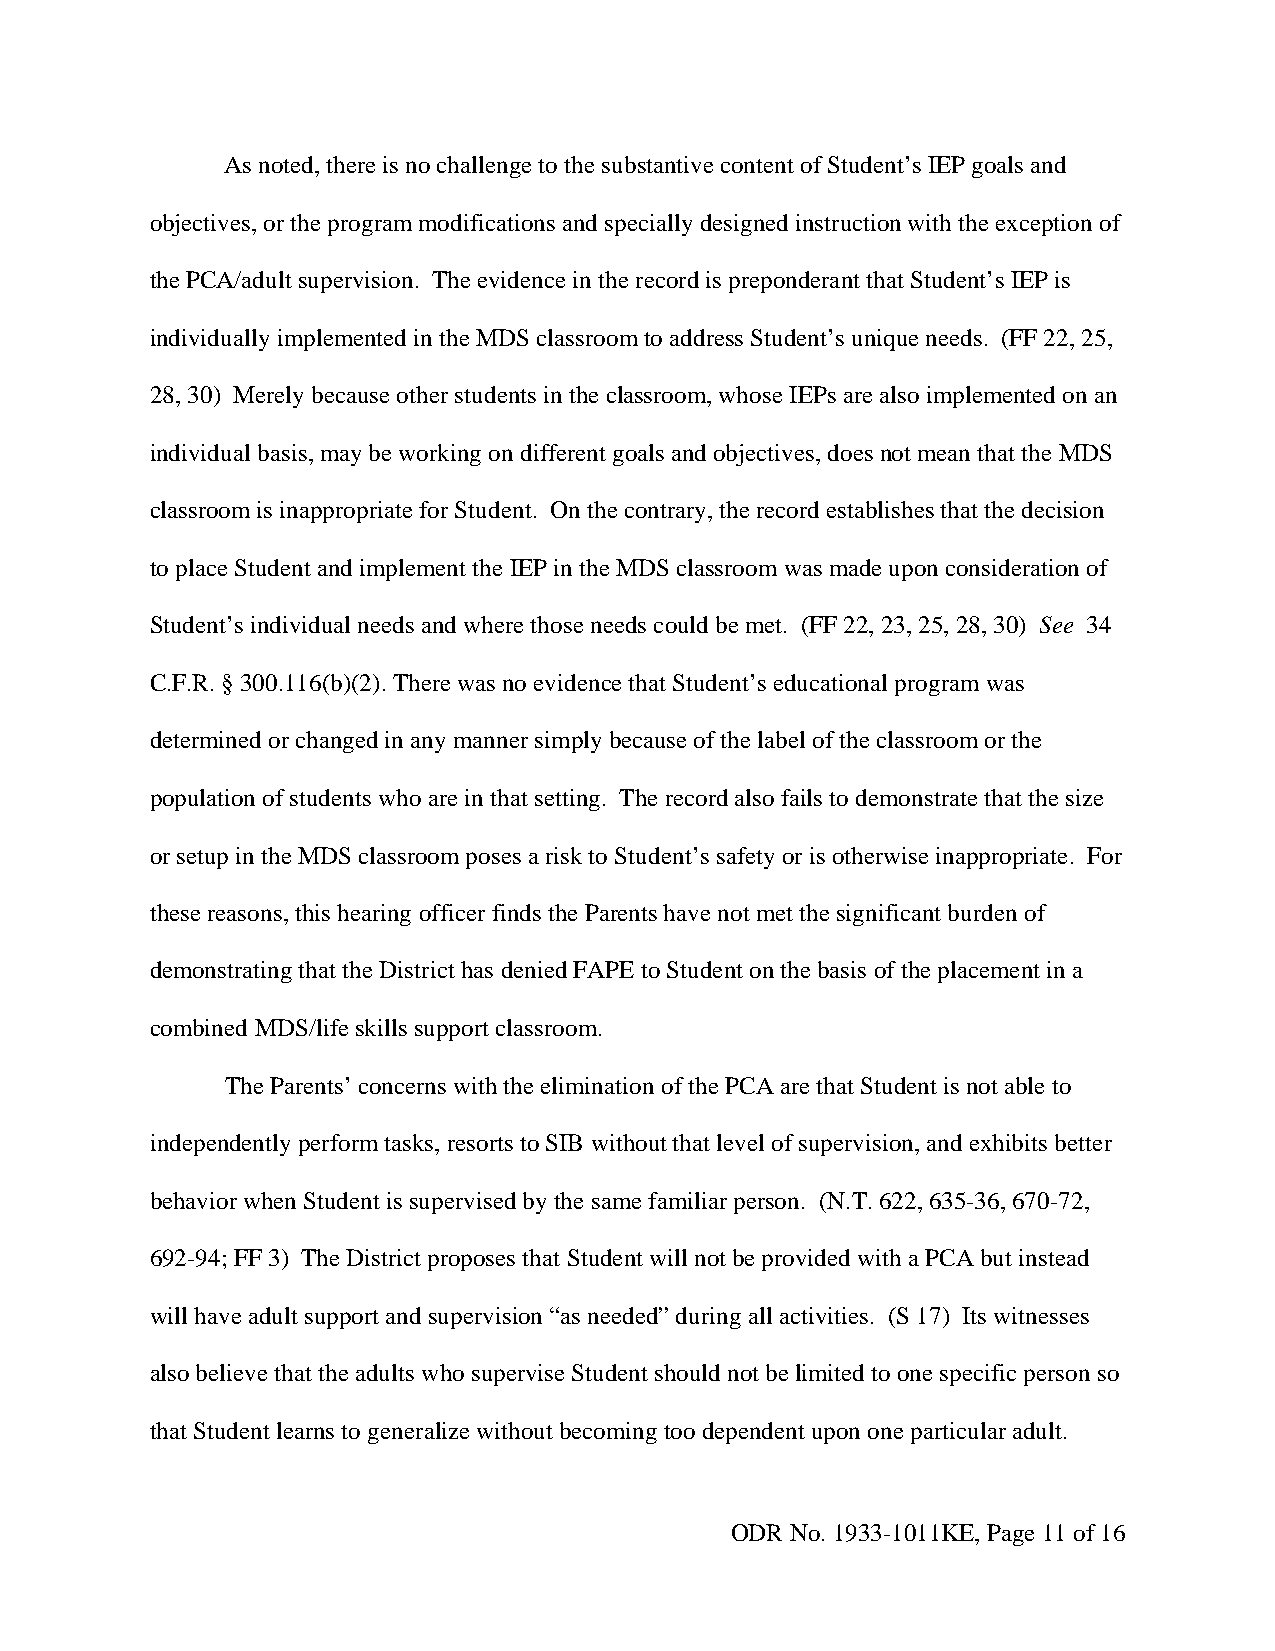
As noted, there is no challenge to the substantive content of Student’s IEP goals and
 objectives, or the program modifications and specially designed instruction with the exception of
 the PCA/adult supervision. The evidence in the record is preponderant that Student’s IEP is
 individually implemented in the MDS classroom to address Student’s unique needs. (FF 22, 25,
 28, 30) Merely because other students in the classroom, whose IEPs are also implemented on an
 individual basis, may be working on different goals and objectives, does not mean that the MDS
 classroom is inappropriate for Student. On the contrary, the record establishes that the decision
 to place Student and implement the IEP in the MDS classroom was made upon consideration of
 Student’s individual needs and where those needs could be met. (FF 22, 23, 25, 28, 30) See 34
 C.F.R. § 300.116(b)(2). There was no evidence that Student’s educational program was
 determined or changed in any manner simply because of the label of the classroom or the
 population of students who are in that setting. The record also fails to demonstrate that the size
 or setup in the MDS classroom poses a risk to Student’s safety or is otherwise inappropriate. For
 these reasons, this hearing officer finds the Parents have not met the significant burden of
 demonstrating that the District has denied FAPE to Student on the basis of the placement in a
 combined MDS/life skills support classroom.
 The Parents’ concerns with the elimination of the PCA are that Student is not able to
 independently perform tasks, resorts to SIB without that level of supervision, and exhibits better
 behavior when Student is supervised by the same familiar person. (N.T. 622, 635-36, 670-72,
 692-94; FF 3) The District proposes that Student will not be provided with a PCA but instead
 will have adult support and supervision “as needed” during all activities. (S 17) Its witnesses
 also believe that the adults who supervise Student should not be limited to one specific person so
 that Student learns to generalize without becoming too dependent upon one particular adult.
 ODR No. 1933-1011KE, Page 11 of 16